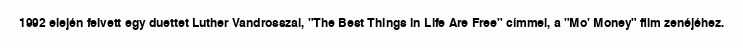
1992 elején felvett egy duettet Luther Vandrosszal, "The Best Things in Life Are Free" címmel, a "Mo' Money" film zenéjéhez.